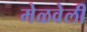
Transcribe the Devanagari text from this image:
मेळवेली